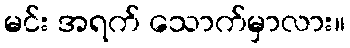
မင်း အရက် သောက်မှာလား။